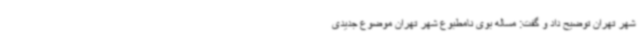
شهر تهران توضیح داد و گفت: مساله بوی نامطبوع شهر تهران موضوع جدیدی